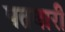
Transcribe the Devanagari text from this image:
पतवारी